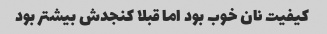
کیفیت نان خوب بود اما قبلا کنجدش بیشتر بود